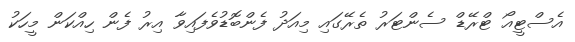
އެސްޓީއޯ ޓްރޭޑް ސެންޓަރު ތެރޭގައި މިއަދު ފެންބޮޑުވެފައިވާ އިރު ފެން ހިއްކަން މީހަކު